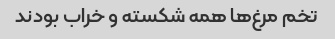
تخم مرغ‌ها همه شکسته و خراب بودند